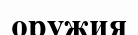
оружия